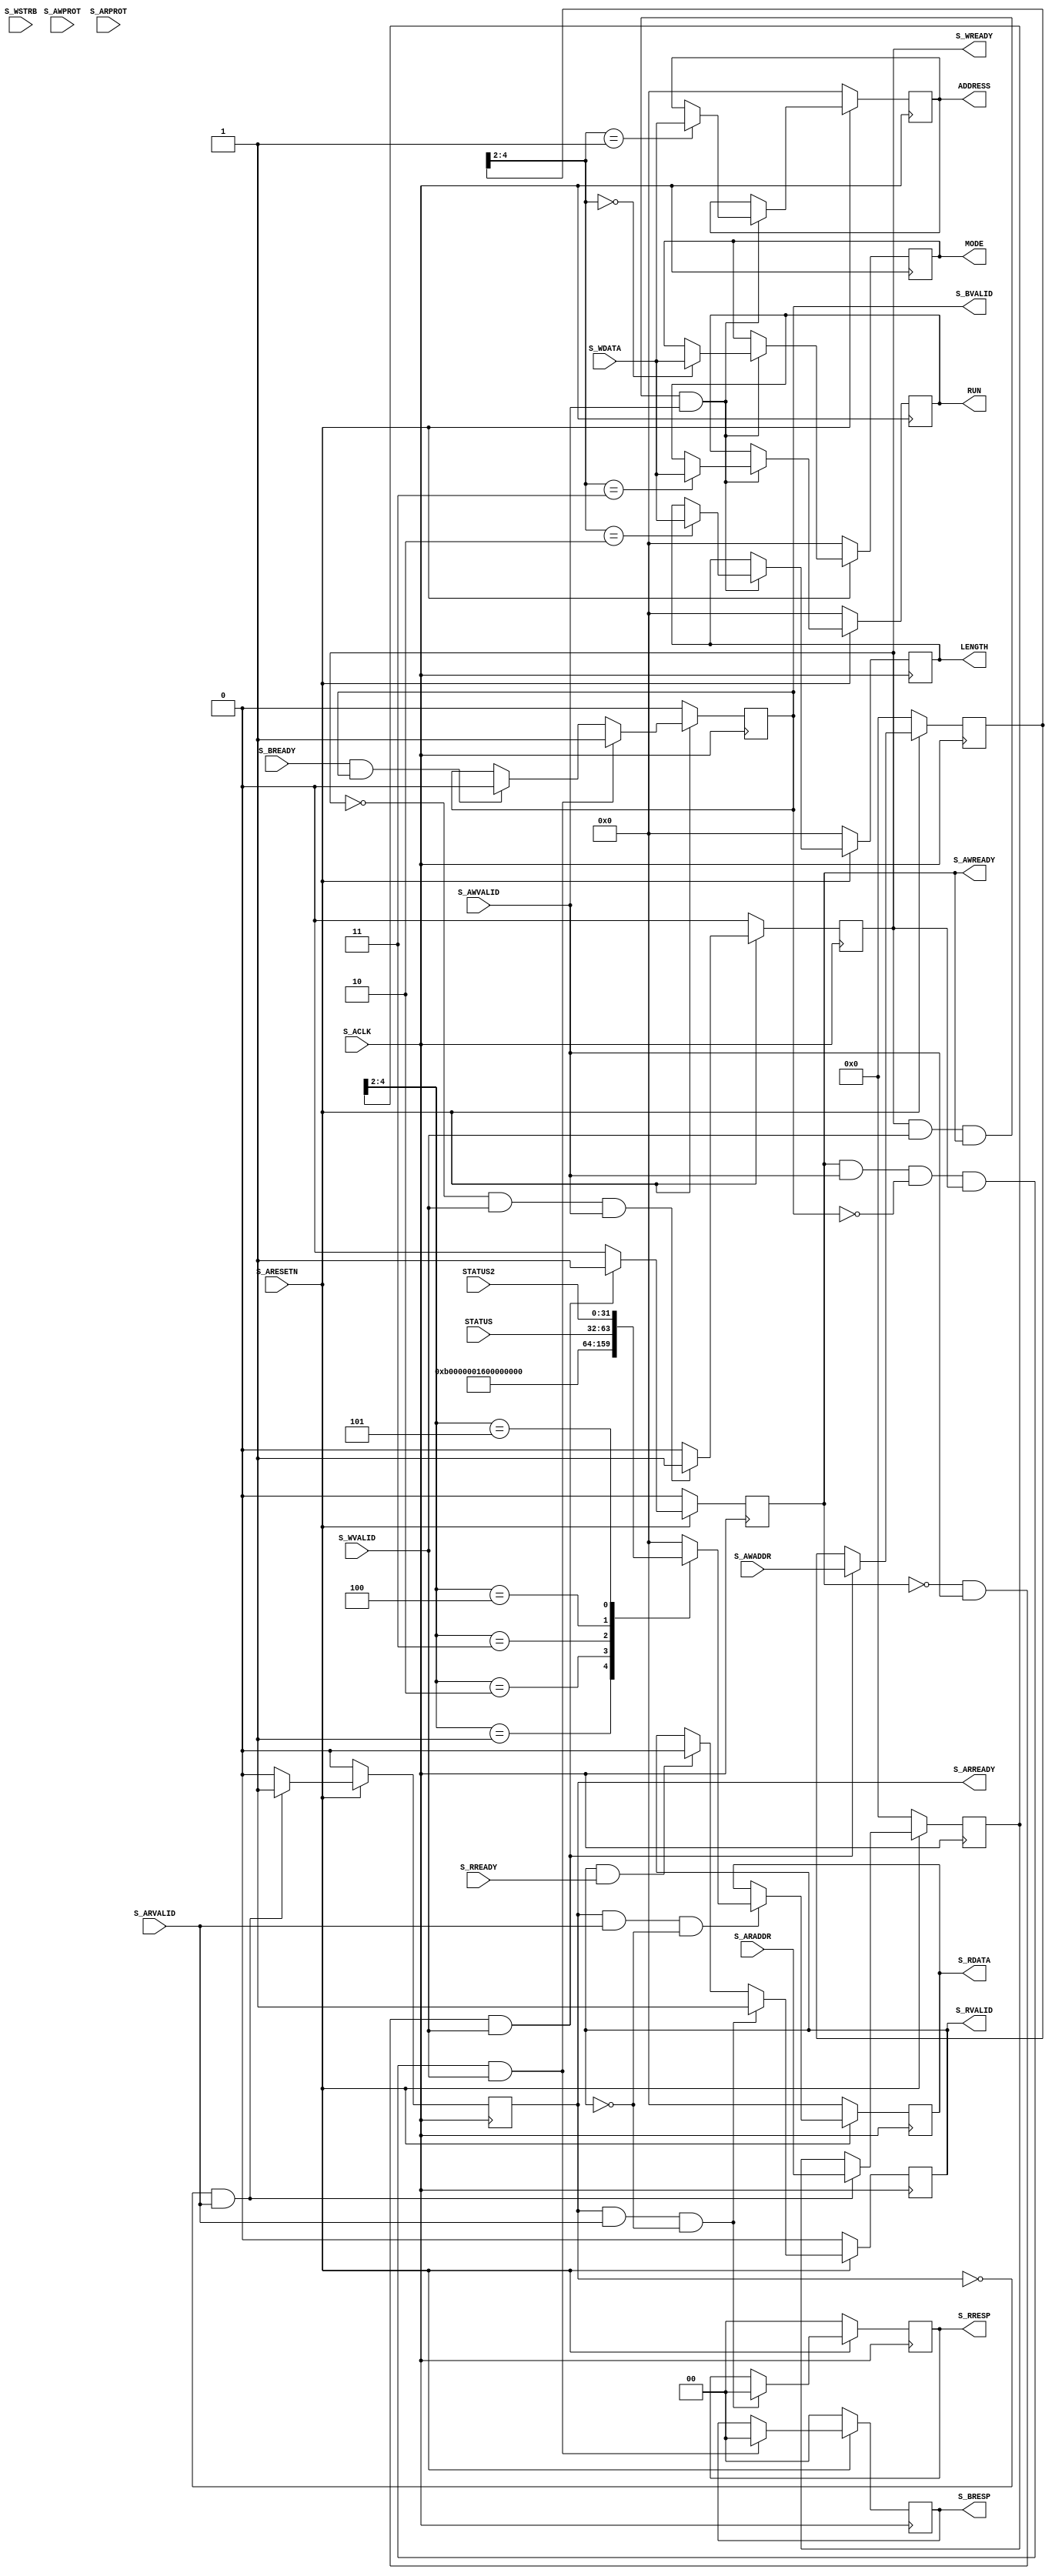
module AXI_Slave_Lite #
(
 parameter integer C_DATA_WIDTH= 32,
 parameter integer C_ADDR_WIDTH= 5
)
(
 output wire [C_DATA_WIDTH-1 : 0] MODE,
 output wire [C_DATA_WIDTH-1 : 0] ADDRESS,
 output wire [C_DATA_WIDTH-1 : 0] LENGTH,
 output wire [C_DATA_WIDTH-1 : 0] RUN,
 input wire [C_DATA_WIDTH-1 : 0] STATUS,
 input wire [C_DATA_WIDTH-1 : 0] STATUS2,

 input wire  S_ACLK,
 input wire  S_ARESETN,

 input wire [C_ADDR_WIDTH-1 : 0] S_AWADDR,
 input wire [2 : 0] S_AWPROT,
 input wire  S_AWVALID,
 output wire  S_AWREADY,

 input wire [C_DATA_WIDTH-1 : 0] S_WDATA,
 input wire [(C_DATA_WIDTH/8)-1 : 0] S_WSTRB,
 input wire  S_WVALID,
 output wire  S_WREADY,
 
 output wire [1 : 0] S_BRESP,
 output wire  S_BVALID,
 input wire  S_BREADY,
 
 input wire [C_ADDR_WIDTH-1 : 0] S_ARADDR,
 input wire [2 : 0] S_ARPROT,
 input wire  S_ARVALID,
 output wire  S_ARREADY,

 output wire [C_DATA_WIDTH-1 : 0] S_RDATA,
 output wire [1 : 0] S_RRESP,
 output wire  S_RVALID,
 input wire  S_RREADY
);

// AXI4LITE signals
reg [C_ADDR_WIDTH-1 : 0] axi_awaddr;
reg axi_awready;
reg axi_wready;
reg [1 : 0] axi_bresp;
reg axi_bvalid;
reg [C_ADDR_WIDTH-1 : 0] axi_araddr;
reg axi_arready;
reg [C_DATA_WIDTH-1 : 0] axi_rdata;
reg [1 : 0] axi_rresp;
reg axi_rvalid;

localparam integer ADDR_LSB = (C_DATA_WIDTH/32) + 1;
localparam integer REG_ADDR_BITS = 2;

reg [C_DATA_WIDTH-1:0] reg_mode;
reg [C_DATA_WIDTH-1:0] reg_address;
reg [C_DATA_WIDTH-1:0] reg_length;
reg [C_DATA_WIDTH-1:0] reg_run;
wire [C_DATA_WIDTH-1:0] reg_status;
wire [C_DATA_WIDTH-1:0] reg_status2;
wire reg_rden;
wire reg_wren;
reg [C_DATA_WIDTH-1:0] reg_data_out;

assign MODE = reg_mode;
assign ADDRESS = reg_address;
assign LENGTH = reg_length;
assign RUN = reg_run;
assign reg_status = STATUS;
assign reg_status2 = STATUS2;

assign S_AWREADY= axi_awready;
assign S_WREADY= axi_wready;
assign S_BRESP= axi_bresp;
assign S_BVALID= axi_bvalid;
assign S_ARREADY= axi_arready;
assign S_RDATA= axi_rdata;
assign S_RRESP= axi_rresp;
assign S_RVALID= axi_rvalid;

always @(posedge S_ACLK) begin
	if (S_ARESETN == 1'b0) begin
		axi_awready <= 1'b0;
	end else begin
		if (~axi_awready && S_AWVALID && S_WVALID) begin
			axi_awready <= 1'b1;
		end else begin
			axi_awready <= 1'b0;
		end
	end
end

always @(posedge S_ACLK) begin
	if (S_ARESETN == 1'b0) begin
		axi_awaddr <= 0;
	end else begin
		if (~axi_awready && S_AWVALID && S_WVALID) begin
			axi_awaddr <= S_AWADDR;
		end
	end
end

always @(posedge S_ACLK) begin
	if (S_ARESETN == 1'b0) begin
		axi_wready <= 1'b0;
	end else begin
		if (~axi_wready && S_WVALID && S_AWVALID) begin
			axi_wready <= 1'b1;
		end else begin
			axi_wready <= 1'b0;
		end
	end
end

assign reg_wren = axi_wready && S_WVALID && axi_awready && S_AWVALID;

always @(posedge S_ACLK) begin
	if (S_ARESETN == 1'b0) begin
		reg_mode <= 0;
		reg_address <= 0;
		reg_length <= 0;
		reg_run <= 0;
	end else begin
		if (reg_wren) begin
			case (axi_awaddr[ADDR_LSB+REG_ADDR_BITS:ADDR_LSB])
				3'b000: reg_mode <= S_WDATA;
				3'b001: reg_address <= S_WDATA;
				3'b010: reg_length <= S_WDATA;
				3'b011: reg_run <= S_WDATA;
				default : begin
					reg_mode <= reg_mode;
					reg_address <= reg_address;
					reg_length <= reg_length;
					reg_run <= reg_run;
				end
			endcase
		end
	end
end

always @(posedge S_ACLK) begin
	if (S_ARESETN == 1'b0) begin
		axi_bvalid <= 0;
		axi_bresp  <= 2'b0;
	end else begin
		if (axi_awready && S_AWVALID && ~axi_bvalid && axi_wready && S_WVALID) begin
			axi_bvalid <= 1'b1;
			axi_bresp  <= 2'b0;
		end else begin
			if (S_BREADY && axi_bvalid) begin
				axi_bvalid <= 1'b0;
			end
		end
	end
end

always @(posedge S_ACLK) begin
	if (S_ARESETN == 1'b0) begin
		axi_arready <= 1'b0;
		axi_araddr  <= 32'b0;
	end else begin
		if (~axi_arready && S_ARVALID) begin
			axi_arready <= 1'b1;
			axi_araddr  <= S_ARADDR;
		end else begin
			axi_arready <= 1'b0;
		end
	end
end

always @(posedge S_ACLK) begin
	if (S_ARESETN == 1'b0) begin
		axi_rvalid <= 0;
		axi_rresp  <= 0;
	end else begin
		if (axi_arready && S_ARVALID && ~axi_rvalid) begin
			axi_rvalid <= 1'b1;
			axi_rresp  <= 2'b0;
		end else if (axi_rvalid && S_RREADY) begin
			axi_rvalid <= 1'b0;
		end
	end
end


assign reg_rden = axi_arready & S_ARVALID & ~axi_rvalid;
always @(*) begin
	case (axi_araddr[ADDR_LSB+REG_ADDR_BITS:ADDR_LSB])
		3'b000: reg_data_out <= 0;
		3'b001: reg_data_out <= 11;
		3'b010: reg_data_out <= 22;
		3'b011: reg_data_out <= 33;
		3'b100: reg_data_out <= reg_status;
		3'b101: reg_data_out <= reg_status2;
		default: reg_data_out <= 0;
	endcase
end

always @(posedge S_ACLK) begin
	if (S_ARESETN == 1'b0) begin
		axi_rdata <= 0;
	end else begin
		if (reg_rden) begin
			axi_rdata <= reg_data_out;
		end
	end
end

endmodule // lite_slave_v1_0_S00_AXI